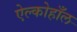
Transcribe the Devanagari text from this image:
ऐल्कोहाँल